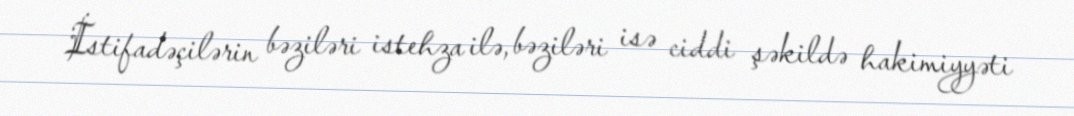
İstifadəçilərin bəziləri istehza ilə, bəziləri isə ciddi şəkildə hakimiyyəti